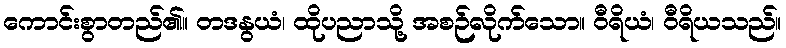
ကောင်းစွာတည်၏။ တဒနွယံ၊ ထိုပညာသို့ အစဉ်လိုက်သော။ ဝီရိယံ၊ ဝီရိယသည်။